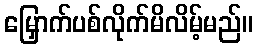
မြှောက်ပစ်လိုက်မိလိမ့်မည်။